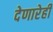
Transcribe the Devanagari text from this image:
देणारेही